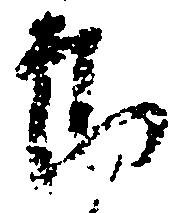
郎